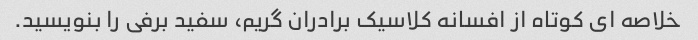
خلاصه ای کوتاه از افسانه کلاسیک برادران گریم، سفید برفی را بنویسید.